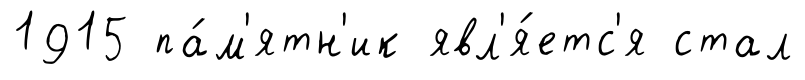
1915 па́м'ятн'ик явл'я́етс'я стал